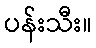
ပန်းသီး။